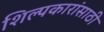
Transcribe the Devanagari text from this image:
शिल्पकारांसाठी